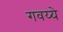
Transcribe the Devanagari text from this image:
गवय्ये